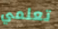
تعلمي